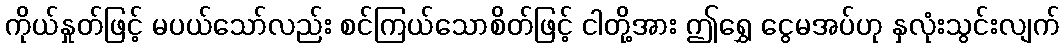
ကိုယ်နှုတ်ဖြင့် မပယ်သော်လည်း စင်ကြယ်သောစိတ်ဖြင့် ငါတို့အား ဤရွှေ ငွေမအပ်ဟု နှလုံးသွင်းလျက်